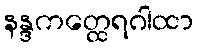
နန္ဒကတ္ထေရဂါထာ